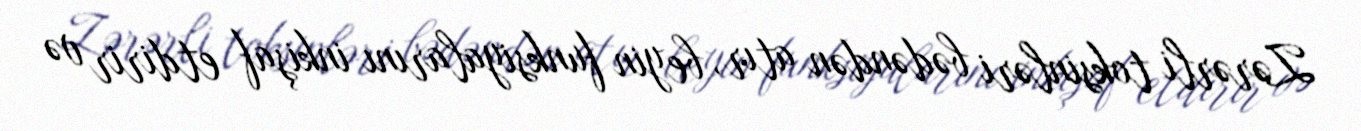
Zərərli toksinləri bədəndən atır, beyin funksiyalarını inkişaf etdirir və